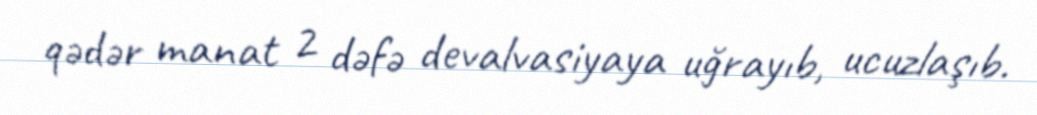
qədər manat 2 dəfə devalvasiyaya uğrayıb, ucuzlaşıb.